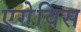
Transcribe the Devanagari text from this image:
एगेविस